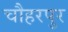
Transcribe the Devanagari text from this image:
चौहरपुर